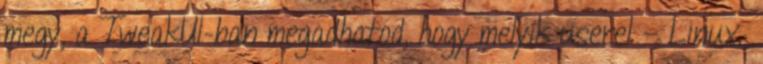
megy, a TweakUI-ban megadhatod, hogy melyik userel - Linux